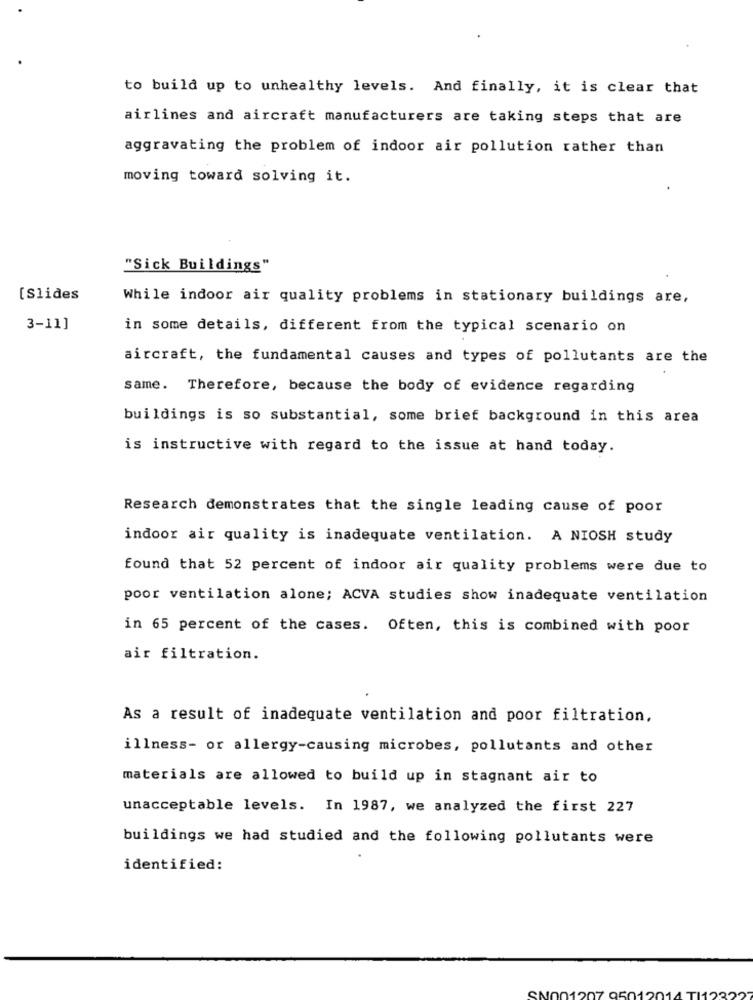
to build up to unhealthy levels. And finally, it is clear that
airlines and aircraft manufacturers are taking steps that are
aggravating the problem of indoor air pollution rather than
moving toward solving it.
"Sick Buildings"
[Slides
While indoor air quality problems in stationary buildings are,
3-11]
in some details, different from the typical scenario on
aircraft, the fundamental causes and types of pollutants are the
same. Therefore, because the body of evidence regarding
buildings is so substantial, some brief background in this area
is instructive with regard to the issue at hand today.
Research demonstrates that the single leading cause of poor
indoor air quality is inadequate ventilation. A NIOSH study
found that 52 percent of indoor air quality problems were due to
poor ventilation alone; ACVA studies show inadequate ventilation
in 65 percent of the cases. Often, this is combined with poor
air filtration.
As a result of inadequate ventilation and poor filtration.
illness- or allergy-causing microbes, pollutants and other
materials are allowed to build up in stagnant air to
unacceptable levels. In 1987, we analyzed the first 227
buildings we had studied and the following pollutants were
identified:
ON